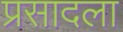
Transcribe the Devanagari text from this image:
प्रसादला